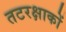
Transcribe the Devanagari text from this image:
तटरक्षाकों